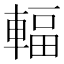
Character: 輻